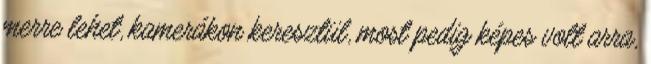
merre lehet, kamerákon keresztül, most pedig képes volt arra,